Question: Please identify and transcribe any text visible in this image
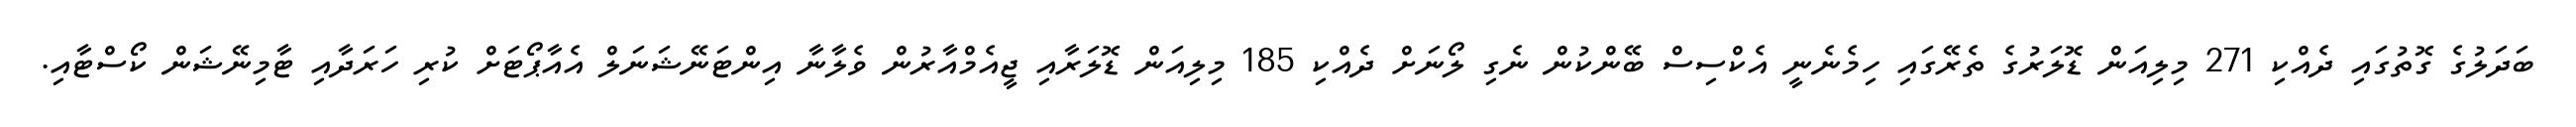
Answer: ބަދަލުގެ ގޮތުގައި ދެއްކި 271 މިލިއަން ޑޮލަރުގެ ތެރޭގައި ހިމެނެނީ އެކްސިސް ބޭންކުން ނެގި ލޯނަށް ދެއްކި 185 މިލިއަން ޑޮލަރާއި ޖީއެމްއާރުން ވެލާނާ އިންޓަނޭޝަނަލް އެއާޕޯޓަށް ކުރި ހަރަދާއި ޓާމިނޭޝަން ކޯސްޓާއި.